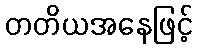
တတိယအနေဖြင့်